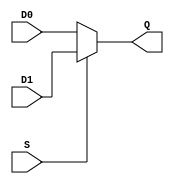

module test_mux
   (input wire [1:0] D0, D1,
    input wire S,
    output wire [1:0] Q);

   assign Q = S? D1 : D0;

endmodule // test_mux